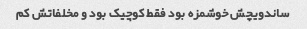
ساندویچش خوشمزه بود فقط کوچیک بود و مخلفاتش کم